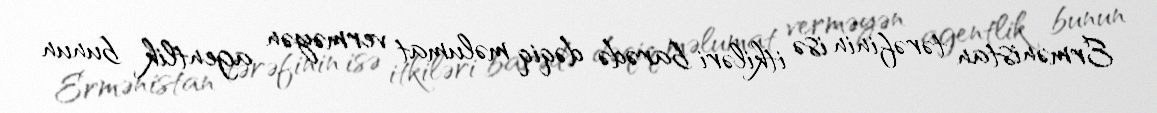
Ermənistan tərəfinin isə itkiləri barədə dəqiq məlumat verməyən agentlik bunun